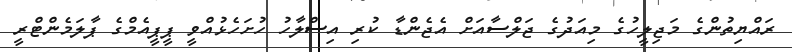
ރައްޔިތުންގެ މަޖިލީހުގެ މިއަދުގެ ޖަލްސާއަށް އެޖެންޑާ ކުރި އިސްލާހު ހުށަހެޅުއްވީ ޕީޕީއެމްގެ ޕާލަމެންޓްރީ